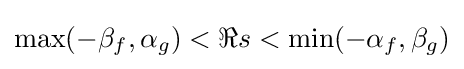
\max(-\beta _{f},\alpha _{g})<\Re s<\min(-\alpha _{f},\beta _{g})